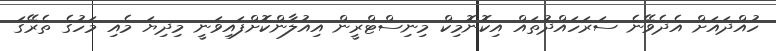
ހުއްދައަށް އެދެވޭނެ ސަރަހައްދުތައް އިކޮނޮމިކް މިނިސްޓްރީން އިއުލާންކޮށްފައިވަނީ މިދިޔަ މެއި މަހުގެ ތެރޭގަ